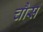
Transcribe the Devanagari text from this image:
चौस